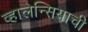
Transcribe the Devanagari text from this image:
व्हालेन्सियाची